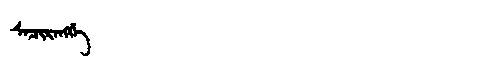
Manchu: ᠰᠠᠴᡳᡵᠠᠩᡤᡝ
Romanization: SACIRANGGE